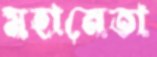
মহানেতা